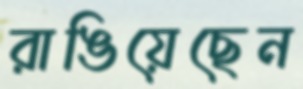
রাঙিয়েছেন